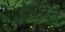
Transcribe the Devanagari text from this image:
वेलीने